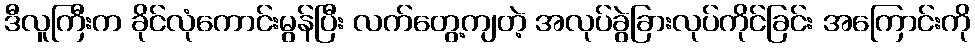
ဒီလူကြီးက ခိုင်လုံကောင်းမွန်ပြီး လက်တွေ့ကျတဲ့ အလုပ်ခွဲခြားလုပ်ကိုင်ခြင်း အကြောင်းကို